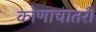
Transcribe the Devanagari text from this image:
कोणाचातरी